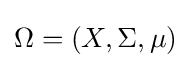
\Omega =(X,\Sigma ,\mu )